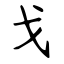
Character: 戈